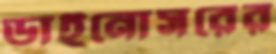
ডাইনোসরের